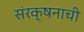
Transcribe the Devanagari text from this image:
संरक्षनाची